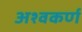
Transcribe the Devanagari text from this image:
अश्वकर्ण